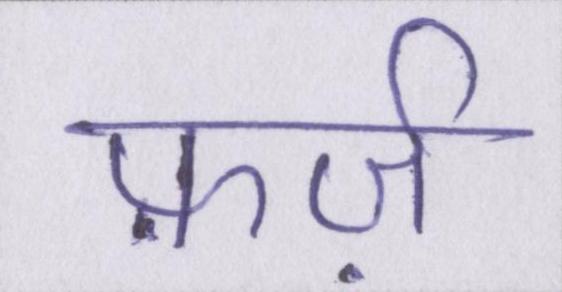
फ़र्ज़